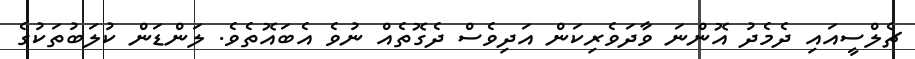
ޗެލްސީއައި ދެމެދު އޮންނަ ވާދަވެރިކަން އަދިވެސް ދެގޮތެއް ނުވެ އެބައޮތެވެ. ލަންޑަން ކުލަބުތަކުގެ